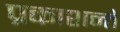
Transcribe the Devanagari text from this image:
प्रकाशन्ते